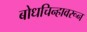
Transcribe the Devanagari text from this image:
बोधचिन्हावरून